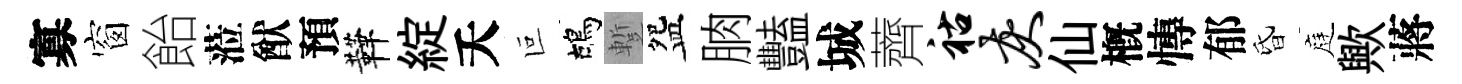
寡窗飴蒞猷預鞾綻夭叵鴣蹔盌朒豔城薺祜灰仙槪慱郁昏庭歟蔣